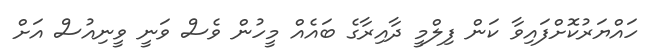
ހައްޔަރުކޮށްފައިވާ ކަން ފިލްމީ ދާއިރާގެ ބައެއް މީހުން ވެސް ވަނީ ވީނިއުސް އަށް